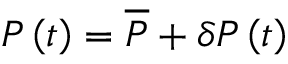
P \left( t \right) = \overline { { P } } + \delta P \left( t \right)